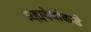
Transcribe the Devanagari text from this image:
ब्रह्मदेवांकडे